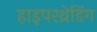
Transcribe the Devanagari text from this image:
हाइपरथ्रेडिंग